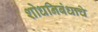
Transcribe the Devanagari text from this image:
शोधनिबंधाचे